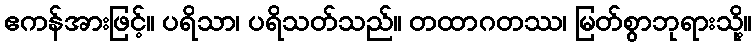
ဧကန်အားဖြင့်။ ပရိသာ၊ ပရိသတ်သည်။ တထာဂတဿ၊ မြတ်စွာဘုရားသို့။